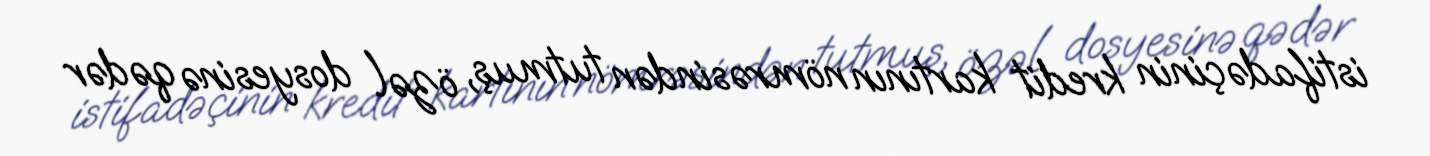
istifadəçinin kredit kartının nömrəsindən tutmuş, özəl dosyesinə qədər